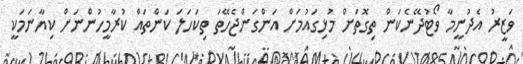
ވަޒީރު އެދުނީމާ ވޯޓުދޭނެކަން ތިގޮތަށް މުޅިގައުމަށް އަންގަންޖެހޭތަ ތިކަހަލަ ކަންތައް ކުރާމީހުންނަށް ކިޔާނަމަކީ